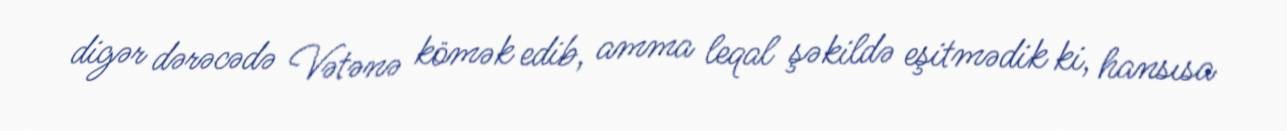
digər dərəcədə Vətənə kömək edib, amma leqal şəkildə eşitmədik ki, hansısa